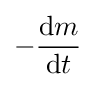
-{\operatorname {d} \!m \over \operatorname {d} \!t}